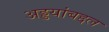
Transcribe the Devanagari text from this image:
अड्डयांबद्दल